Civil Veterinary Department Bengal reports 1933-51 - 1933-1951
Year: 1933
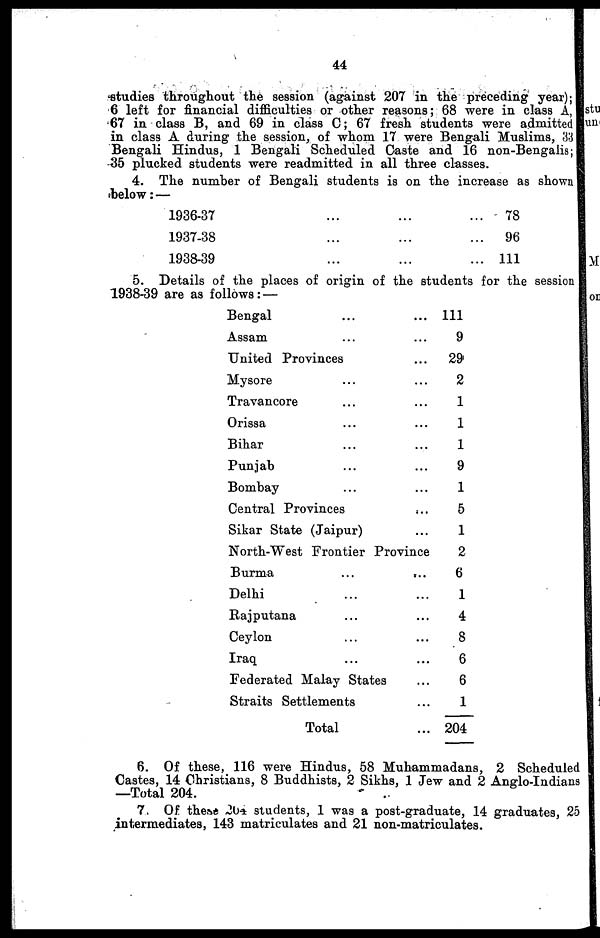
44
studies throughout the session (against 207 in the preceding year);
6 left for financial difficulties or other reasons; 68 were in class A,
67 in class B, and 69 in class C; 67 fresh students were admitted
in class A during the session, of whom 17 were Bengali Muslims, 33
Bengali Hindus, 1 Bengali Scheduled Caste and 16 non-Bengalis;
35 plucked students were readmitted in all three classes.
4. The number of Bengali students is on the increase as shown
below: —
1936-37 ........
1937-38 .........
1938-39 .........
78
96
111
5. Details of the places of origin of the students for the session
1938-39 are as follows: —
Bengal ......
Assam ......
United Provinces ...
Mysore ......
Travancore ......
Orissa ......
Bihar ......
Punjab ......
Bombay ......
Central Provinces
...
Sikar State (Jaipur) ...
North-West Frontier Province
Burma
...
...
Delhi ......
Rajputana ......
Ceylon ......
Iraq ......
Federated Malay States ...
Straits Settlements ...
Total ...
111
9
29
2
1
1
1
9
1
5
1
2
6
1
4
8
6
6
1
204
6. Of these, 116 were Hindus, 58 Muhammadans, 2 Scheduled
Castes, 14 Christians, 8 Buddhists, 2 Sikhs, 1 Jew and 2 Anglo-Indians
—Total 204.
7.Of these 204 students, 1 was a post-graduate, 14 graduates, 25
intermediates, 143 matriculates and 21 non-matriculates.